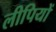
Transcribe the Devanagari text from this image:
लीपियों